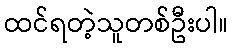
ထင်ရတဲ့သူတစ်ဦးပါ။